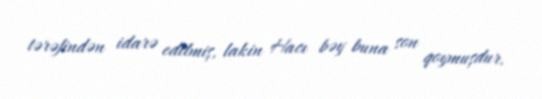
tərəfindən idarə edilmiş, lakin Hacı bəy buna son qoymuşdur.